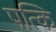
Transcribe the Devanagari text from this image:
पत्कि